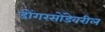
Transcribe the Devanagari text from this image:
डोंगरसोंडेवरील